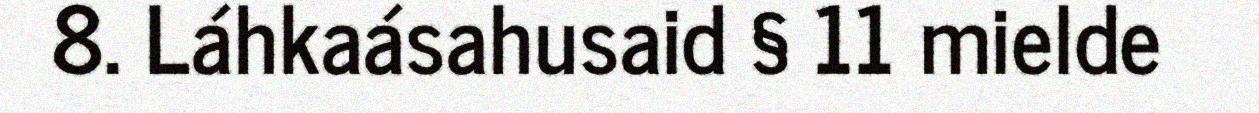
8. Láhkaásahusaid § 11 mielde